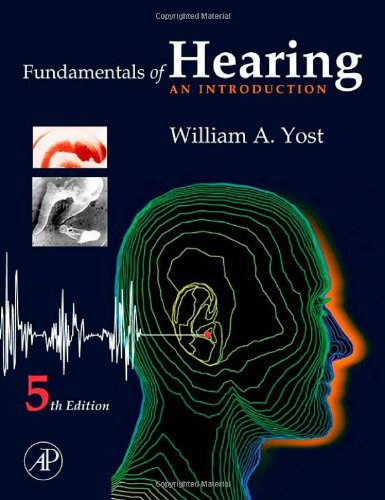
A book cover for Fundamentals of Hearing: An Introduction, 5th Edition; William A. Yost; Health, Fitness & Dieting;